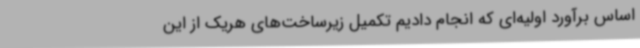
اساس برآورد اولیه‌ای که انجام دادیم تکمیل زیرساخت‌های هریک از این